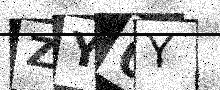
Text: ZY0Y